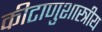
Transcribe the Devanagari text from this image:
कीटाणुशास्त्रीय